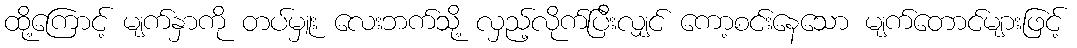
ထို့ကြောင့် မျက်နှာကို တပ်မှူး လေးဘက်သို့ လှည့်လိုက်ပြီးလျှင် ကော့စင်းနေသော မျက်တောင်များဖြင့်